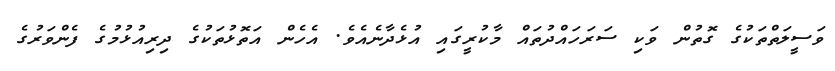
ވަސީލަތްތަކުގެ ގޮތުން ވަކި ސަރަހައްދުތައް މާކުރީގައި އުޅެދާނެއެވެ. އެހެން އަތޮޅުތަކުގެ ދިރިއުޅުމުގެ ފެންވަރުގެ